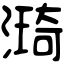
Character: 𣾏